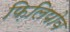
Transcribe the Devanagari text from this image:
फ़िलिपोव